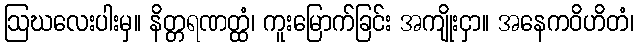
ဩဃလေးပါးမှ။ နိတ္တရဏတ္ထံ၊ ကူးမြောက်ခြင်း အကျိုးငှာ။ အနေကဝိဟိတံ၊